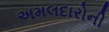
અમલદારોની